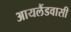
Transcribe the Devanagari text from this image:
आयलैंडवासी